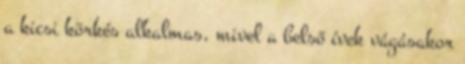
a kicsi körkés alkalmas, mivel a belső ívek vágásakor